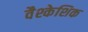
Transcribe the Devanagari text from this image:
वैश्केशिक